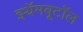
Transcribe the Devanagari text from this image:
इथॅमबूटॉल